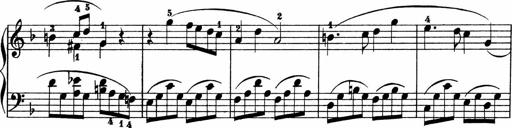
Title: 2 instructive Sonatinen
Composer: Paul Schumacher